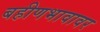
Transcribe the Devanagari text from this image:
बहीणभावावर